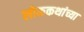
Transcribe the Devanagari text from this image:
लोककथांच्या